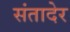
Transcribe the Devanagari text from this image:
संतादेर